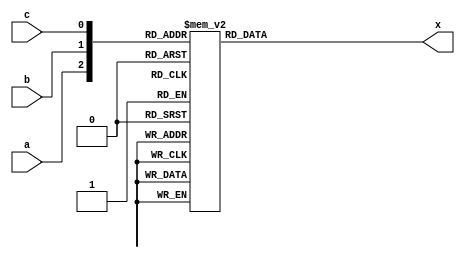
    `timescale 1ns/100ps
    module majority(
        input a,
        input b,
        input c,
        output reg x);
      
      always @ * 
        case ({a,b,c})
          3'b000 : x = 0;
          3'b001 : x = 0;
          3'b010 : x = 0;
          3'b011 : x = 1;
          3'b100 : x = 0;
          3'b101 : x = 1;
          3'b110 : x = 1;
          3'b111 : x = 1;
        endcase
    endmodule